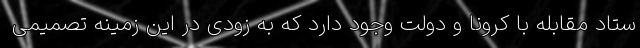
ستاد مقابله با کرونا و دولت وجود دارد که به زودی در این زمینه تصمیمی